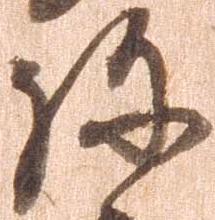
弥